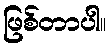
ဖြစ်တာပါ။